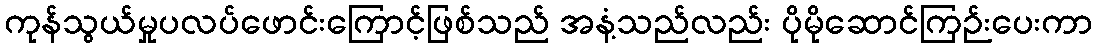
ကုန်သွယ်မှုပလပ်ဖောင်းကြောင့်ဖြစ်သည် အနံ့သည်လည်း ပိုမိုဆောင်ကြဉ်းပေးကာ